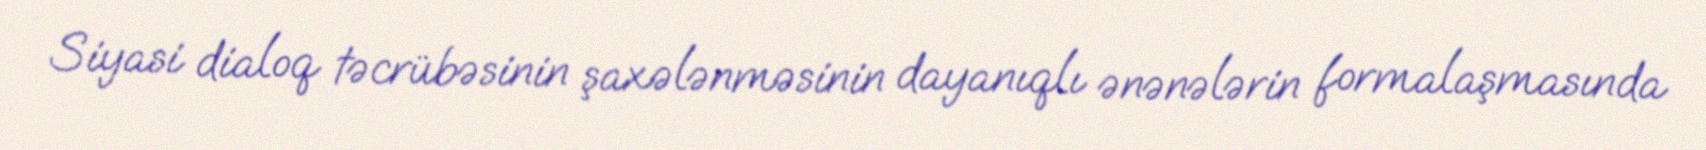
Siyasi dialoq təcrübəsinin şaxələnməsinin dayanıqlı ənənələrin formalaşmasında